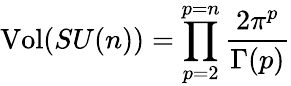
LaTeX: \mathrm{Vol}(SU(n))=\prod_{p=2}^{p=n}\frac{2\pi^{p}}{\Gamma(p)}